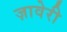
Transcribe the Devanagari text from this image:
ज़ावेरी